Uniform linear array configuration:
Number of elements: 16
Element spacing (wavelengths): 0.75
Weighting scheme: uniform
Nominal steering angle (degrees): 0
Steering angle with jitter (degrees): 0.009191
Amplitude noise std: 0.05
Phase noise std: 0.05

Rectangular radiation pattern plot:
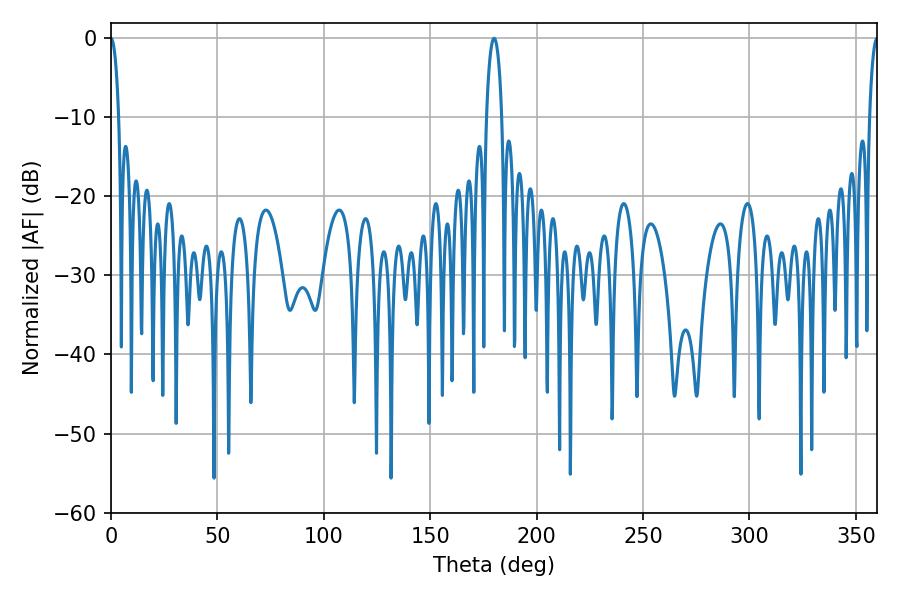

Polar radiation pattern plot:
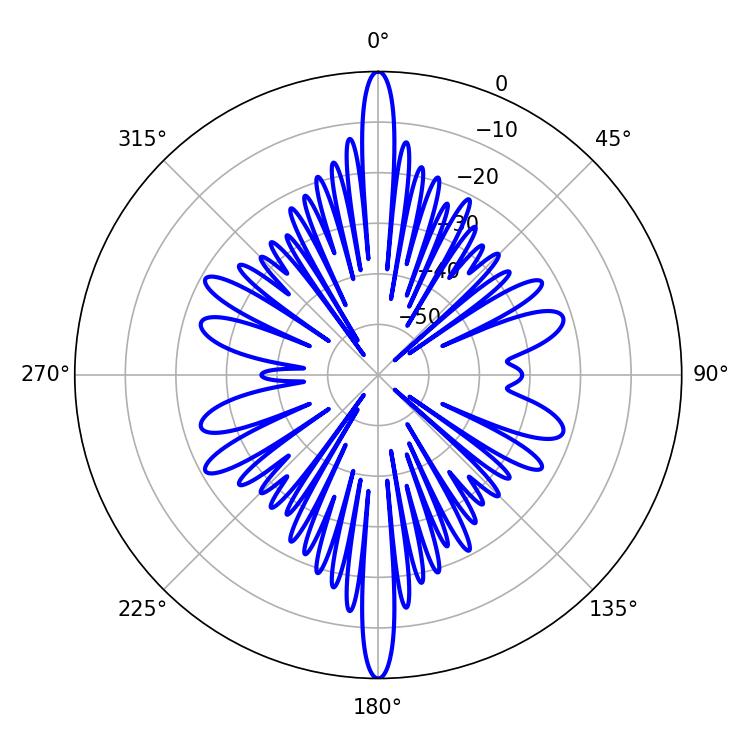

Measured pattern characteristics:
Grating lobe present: TRUE
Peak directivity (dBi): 44.884
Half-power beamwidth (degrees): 1.98
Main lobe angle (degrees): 0